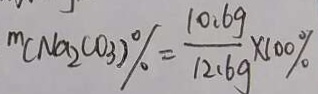
m ( N a _ { 2 } C O _ { 3 } ) \% = \frac { 1 0 . 6 g } { 1 2 . 6 g } \times 1 0 0 \%